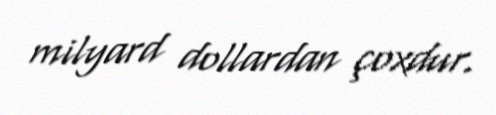
milyard dollardan çoxdur.